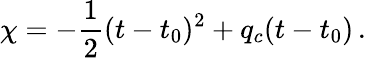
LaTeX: \chi=-{\frac{1}{2}}(t-t_{0})^{2}+q_{c}(t-t_{0})\, .